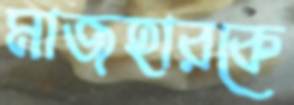
মাজহারকে